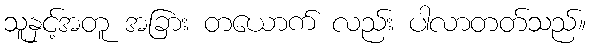
သူနှင့်အတူ အခြား တယောက် လည်း ပါလာတတ်သည်။